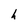
Character: h